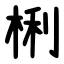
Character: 梸